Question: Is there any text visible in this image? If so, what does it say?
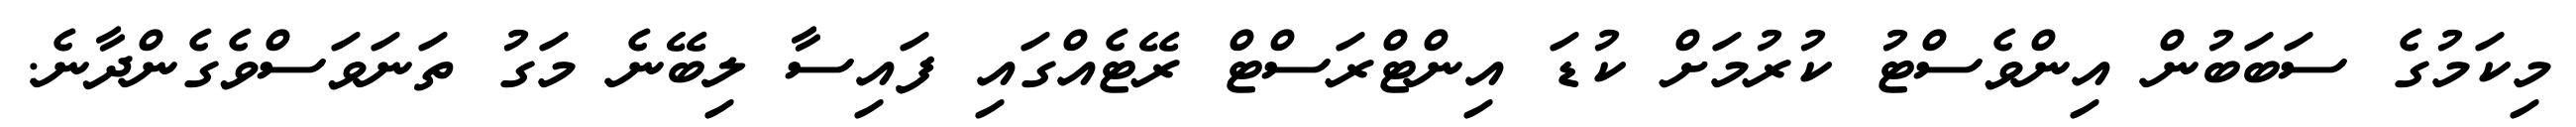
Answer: މިކަމުގެ ސަބަބުން އިންވެސްޓު ކުރުމަށް ކުޑަ އިންޓްރަސްޓް ރޭޓެއްގައި ފައިސާ ލިބޭނެ މަގު ތަނަވަސްވެގެންދާނެ.